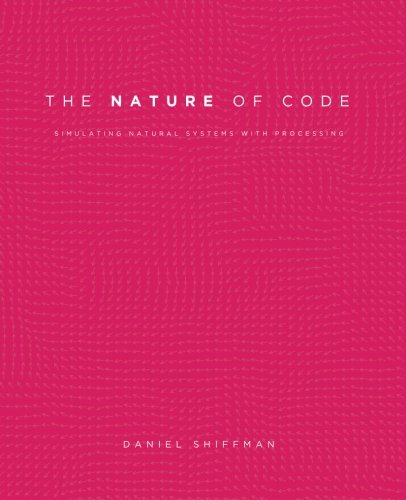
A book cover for The Nature of Code: Simulating Natural Systems with Processing; Daniel Shiffman; Computers & Technology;